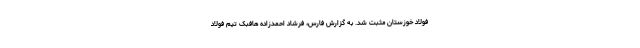
فولاد خوزستان مثبت شد. به گزارش فارس، فرشاد احمدزاده هافبک تیم فولاد